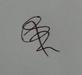
Signature authenticity: genuine